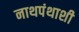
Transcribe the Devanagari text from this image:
नाथपंथाशी